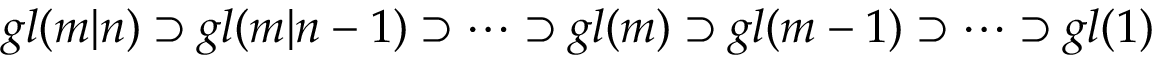
g l ( m | n ) \supset g l ( m | n - 1 ) \supset \dots \supset g l ( m ) \supset g l ( m - 1 ) \supset \dots \supset g l ( 1 )